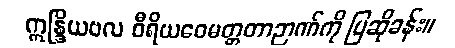
ဣန္ဒြိယဗလ ဝီရိယဝေမတ္တတာဉာဏ်ကို ပြဆိုခန်း။